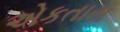
એકતારા